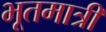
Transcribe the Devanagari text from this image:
भूतमात्रीं